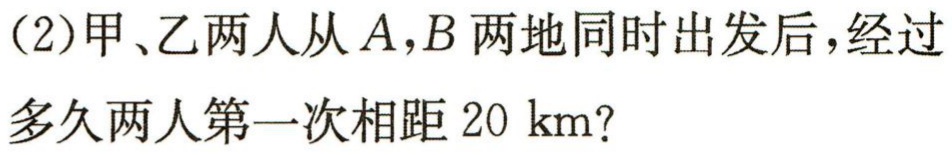
(2)甲、乙两人从\(A,B\)两地同时出发后，经过多久两人第一次相距\(20\ \text{km}?\)